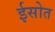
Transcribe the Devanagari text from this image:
ईसोत